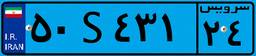
۳۸S۷۳۹۹۳